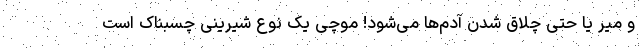
و میر یا حتی چلاق شدن آدم‌ها می‌شود! موچی‌ یک نوع شیرینی چسبناک است